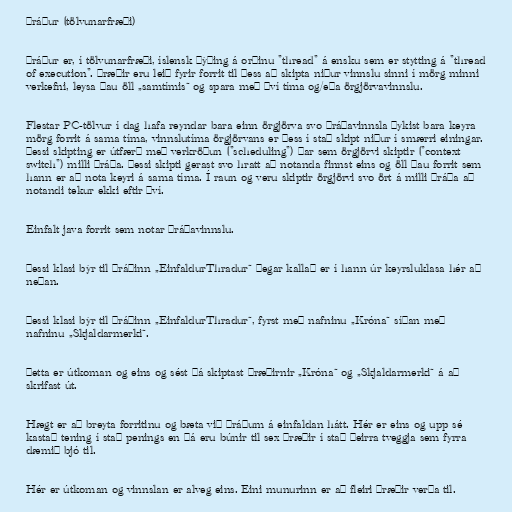
Þráður (tölvunarfræði)

Þráður er, í tölvunarfræði, íslensk þýðing á orðinu "thread" á ensku sem er stytting á "thread
of execution". Þræðir eru leið fyrir forrit til þess að skipta niður vinnslu sinni í mörg minni
verkefni, leysa þau öll „samtímis“ og spara með því tíma og/eða örgjörvavinnslu.

Flestar PC-tölvur í dag hafa reyndar bara einn örgjörva svo þráðavinnsla þykist bara keyra
mörg forrit á sama tíma, vinnslutíma örgjörvans er þess í stað skipt niður í smærri einingar.
Þessi skipting er útfærð með verkröðun ("scheduling") þar sem örgjörvi skiptir ("context
switch") milli þráða. Þessi skipti gerast svo hratt að notanda finnst eins og öll þau forrit sem
hann er að nota keyri á sama tíma. Í raun og veru skiptir örgjörvi svo ört á milli þráða að
notandi tekur ekki eftir því.

Einfalt java forrit sem notar þráðavinnslu.

Þessi klasi býr til þráðinn „EinfaldurThradur“ þegar kallað er í hann úr keyrsluklasa hér að
neðan.

Þessi klasi býr til þráðinn „EinfaldurThradur“, fyrst með nafninu „Króna“ síðan með
nafninu „Skjaldarmerki“.

Þetta er útkoman og eins og sést þá skiptast þræðirnir „Króna“ og „Skjaldarmerki“ á að
skrifast út.

Hægt er að breyta forritinu og bæta við þráðum á einfaldan hátt. Hér er eins og upp sé
kastað tening í stað penings en þá eru búnir til sex þræðir í stað þeirra tveggja sem fyrra
dæmið bjó til.

Hér er útkoman og vinnslan er alveg eins. Eini munurinn er að fleiri þræðir verða til.